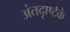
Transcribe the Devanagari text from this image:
अंतदृष्टिके